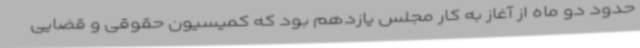
حدود دو ماه از آغاز به کار مجلس یازدهم بود که کمیسیون حقوقی و قضایی